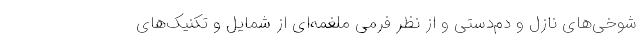
شوخی‌های نازل و دم‌دستی و از نظر فرمی ملغمه‌ای از شمایل و تکنیک‌های